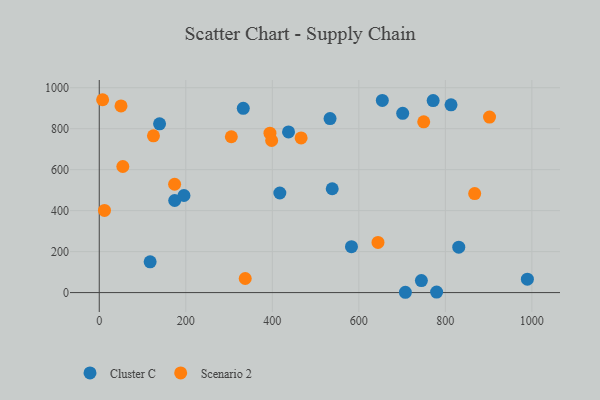
{"axis": {"x": "Speed", "y": "Exam Score"}, "legend": ["Cluster C", "Scenario 2"], "data": [{"x": "779.8", "y": 2.5, "type": "Cluster C"}, {"x": "174.4", "y": 449.5, "type": "Cluster C"}, {"x": "654.3", "y": 937.7, "type": "Cluster C"}, {"x": "771.8", "y": 937.2, "type": "Cluster C"}, {"x": "437.5", "y": 784.3, "type": "Cluster C"}, {"x": "744.6", "y": 58.6, "type": "Cluster C"}, {"x": "117.6", "y": 150.1, "type": "Cluster C"}, {"x": "813.1", "y": 916.6, "type": "Cluster C"}, {"x": "533.5", "y": 849.5, "type": "Cluster C"}, {"x": "195.8", "y": 473.9, "type": "Cluster C"}, {"x": "538.5", "y": 506.8, "type": "Cluster C"}, {"x": "831.0", "y": 221.8, "type": "Cluster C"}, {"x": "707.6", "y": 1.5, "type": "Cluster C"}, {"x": "583.0", "y": 224.0, "type": "Cluster C"}, {"x": "417.4", "y": 486.1, "type": "Cluster C"}, {"x": "701.4", "y": 874.7, "type": "Cluster C"}, {"x": "989.6", "y": 65.3, "type": "Cluster C"}, {"x": "332.9", "y": 899.5, "type": "Cluster C"}, {"x": "139.4", "y": 823.9, "type": "Cluster C"}, {"x": "125.3", "y": 765.3, "type": "Scenario 2"}, {"x": "394.6", "y": 778.1, "type": "Scenario 2"}, {"x": "12.1", "y": 401.0, "type": "Scenario 2"}, {"x": "337.4", "y": 68.7, "type": "Scenario 2"}, {"x": "902.1", "y": 856.4, "type": "Scenario 2"}, {"x": "644.3", "y": 244.9, "type": "Scenario 2"}, {"x": "305.3", "y": 760.6, "type": "Scenario 2"}, {"x": "398.5", "y": 742.4, "type": "Scenario 2"}, {"x": "50.3", "y": 911.1, "type": "Scenario 2"}, {"x": "466.6", "y": 754.7, "type": "Scenario 2"}, {"x": "867.8", "y": 483.1, "type": "Scenario 2"}, {"x": "174.2", "y": 528.8, "type": "Scenario 2"}, {"x": "7.8", "y": 941.3, "type": "Scenario 2"}, {"x": "750.0", "y": 833.4, "type": "Scenario 2"}, {"x": "54.5", "y": 615.5, "type": "Scenario 2"}]}